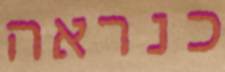
כנראה